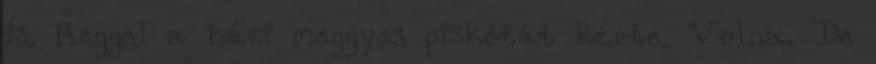
is. Reggel a házi meggyes piskótát kérte. Volna. De